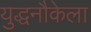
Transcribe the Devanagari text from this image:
युद्धनौकेला